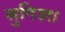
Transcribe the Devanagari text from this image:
सुगिउरा